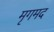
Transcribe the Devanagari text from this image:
मृगमद